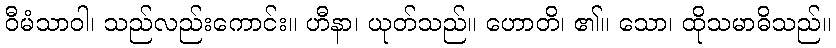
ဝီမံသာဝါ၊ သည်လည်းကောင်း။ ဟီနာ၊ ယုတ်သည်။ ဟောတိ၊ ၏။ သော၊ ထိုသမာဓိသည်။